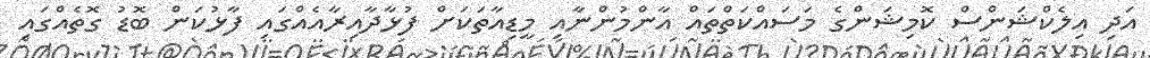
އަދި އިލެކްޝަންސް ކޮމިޝަންގެ މަސައްކަތްތައް އާންމުންނާއި މީޑިއާތަކަށް ފުޅާދާއިރާއެއްގައި ފާޅުކަން ބޮޑު ގޮތެއްގައި